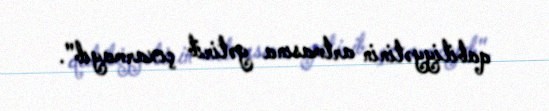
qabiliyyətinin artmasına gətirib çıxarmayıb".